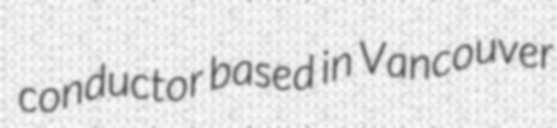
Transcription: conductor based in Vancouver